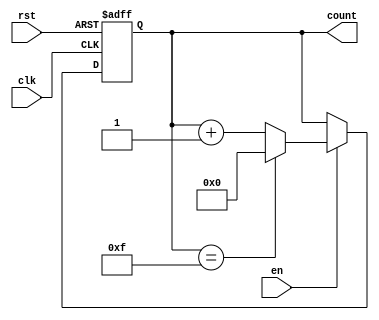
module MemoryBlocksUpCounter #(
    parameter WIDTH = 4,               // Bit width of the counter
    parameter INITIAL_VALUE = 4'b0000, // Initial value of the counter
    parameter MAX_VALUE = 4'b1111       // Maximum value of the counter
)(
    input wire clk,                     // Clock input
    input wire rst,                     // Reset input
    input wire en,                      // Enable input
    output reg [WIDTH-1:0] count       // Current count value
);

    // Always block that triggers on the clock edge
    always @(posedge clk or posedge rst) begin
        // Asynchronous reset
        if (rst) begin
            count <= INITIAL_VALUE;   // Reset count to the initial value
        end
        else if (en) begin
            // Increment count if enabled
            if (count == MAX_VALUE) begin
                count <= INITIAL_VALUE; // Wrap around to initial value
            end
            else begin
                count <= count + 1;     // Increment the count
            end
        end
    end

endmodule